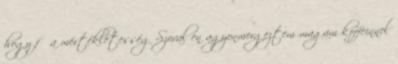
hogy fő a mértékletesség Szoval en agyonmergeztem magam koffeinnel